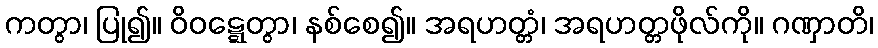
ကတွာ၊ ပြု၍။ ဝိဝဋ္ဋေတွာ၊ နစ်စေ၍။ အရဟတ္တံ၊ အရဟတ္တဖိုလ်ကို။ ဂဏှာတိ၊